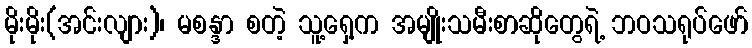
မိုးမိုး(အင်းလျား)၊ မစန္ဒာ စတဲ့ သူ့ရှေ့က အမျိုးသမီးစာဆိုတွေရဲ့ ဘဝသရုပ်ဖော်